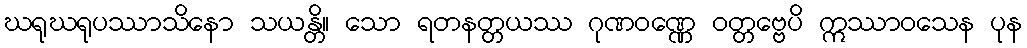
ဃရုဃရုပဿာသိနော သယန္တိ။ သော ရတနတ္တယဿ ဂုဏဝဏ္ဏေ ဝတ္တဗ္ဗေပိ ဣဿာဝသေန ပုန